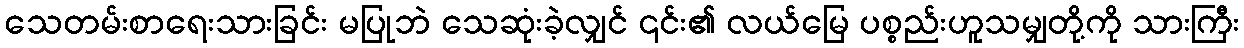
သေတမ်းစာရေးသားခြင်း မပြုဘဲ သေဆုံးခဲ့လျှင် ၎င်း၏ လယ်မြေ ပစ္စည်းဟူသမျှတို့ကို သားကြီး